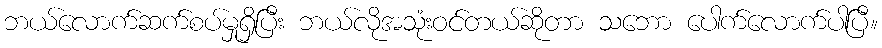
ဘယ်လောက်ဆက်စပ်မှုရှိပြီး ဘယ်လိုအသုံးဝင်တယ်ဆိုတာ သဘော ပေါက်လောက်ပါပြီ။